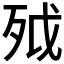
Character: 𣧡